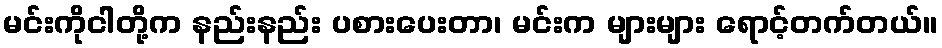
မင်းကိုငါတို့က နည်းနည်း ပစားပေးတာ၊ မင်းက များများ ရောင့်တက်တယ်။